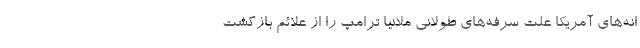
انه‌های آمریکا علت سرفه‌های طولانی ملانیا ترامپ را از علائم بازگشت